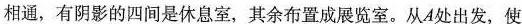
相通，有阴影的四间是休息室，其余布置成展览室。从A处出发，使